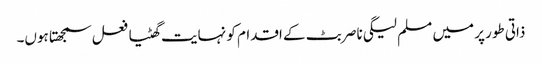
ذاتی طور پر میں مسلم لیگی ناصر بٹ کے اقدام کو نہایت گھٹیا فعل سمجھتا ہوں۔